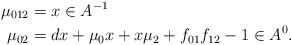
LaTeX: \begin{align*} \mu_{012} &= x\in A^{-1} \\ \mu_{02} &= dx + \mu_0x + x\mu_2 + f_{01}f_{12} - 1 \in A^0 .\end{align*}